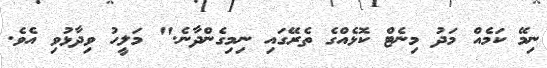
ނިމޭ ކަމެއް މަދު މިނެޓް ކޮޅެއްގެ ތެރޭގައި ނިމިގެންދާނެ." މަލީހު ވިދާޅުވި އެވެ.